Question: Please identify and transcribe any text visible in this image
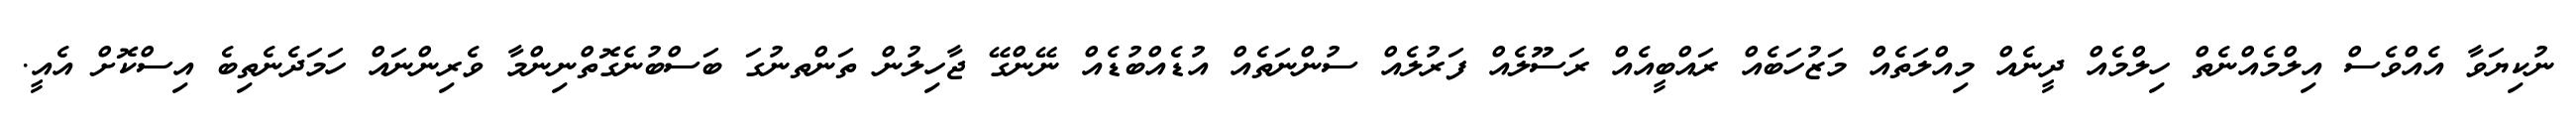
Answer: ނުކިޔަވާ އެއްވެސް އިލްމެއްނެތް ހިލްމެއް ދީނެއް މިއްލަތެއް މަޒުހަބެއް ރައްބީއެއް ރަސޫލެއް ފަރުލެއް ސުންނަތެއް އުޑެއްބުޑެއް ނޭންގޭ ޖާހިލުން ތަންތނުގަ ބަސްބުނެގޮތްނިންމާ ވެރިންނައް ހަމަދެނެތިބެ އިސްކޮށް އެއީ.